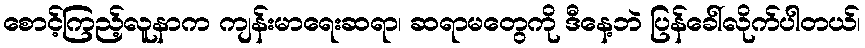
စောင့်ကြည့်လူနာက ကျန်းမာရေးဆရာ၊ ဆရာမတွေကို ဒီနေ့ဘဲ ပြန်ခေါ်လိုက်ပါတယ်၊